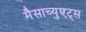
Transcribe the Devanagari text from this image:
मैसाच्युएट्स